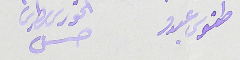
طنوس عبدو                    الخورى بطرس حسن